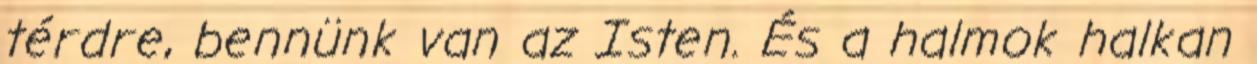
térdre, bennünk van az Isten. És a halmok halkan